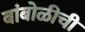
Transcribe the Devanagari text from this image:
बांबोळीची